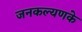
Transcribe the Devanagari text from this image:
जनकल्यणके